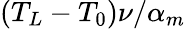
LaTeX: (T_{L}-T_{0})\nu/\alpha_{m}